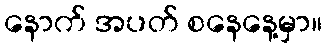
နောက် အပတ် စနေနေ့မှာ။